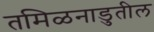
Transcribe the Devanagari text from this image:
तमिळनाडुतील